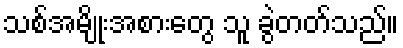
သစ်အမျိုးအစားတွေ သူ ခွဲတတ်သည်။